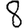
Digit: 8